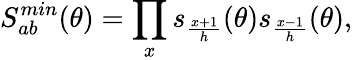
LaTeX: S_{ab}^{min}(\theta)=\prod_{x}s_{\frac{x+1}{h}}(\theta)s_{\frac{x-1}{h}}(\theta),